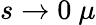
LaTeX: s\rightarrow 0~\mu